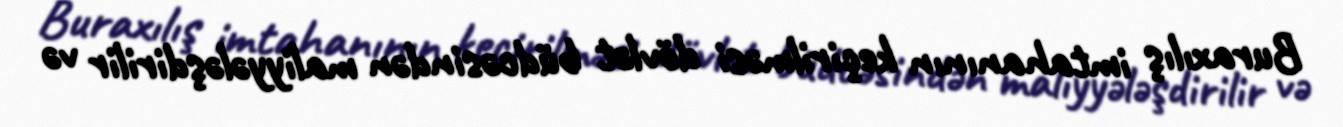
Buraxılış imtahanının keçirilməsi dövlət büdcəsindən maliyyələşdirilir və